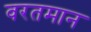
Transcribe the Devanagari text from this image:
वरतमान